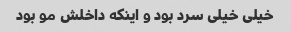
خیلی خیلی سرد بود و اینکه داخلش مو بود